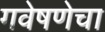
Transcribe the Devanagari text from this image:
गवेषणेचा